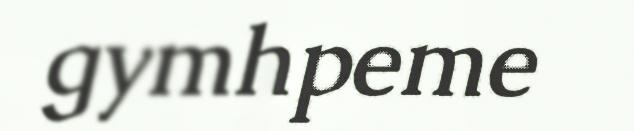
gymhpeme